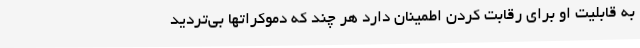
به قابلیت او برای رقابت کردن اطمینان دارد هر چند که دموکراتها بی‌تردید